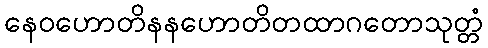
နေဝဟောတိနနဟောတိတထာဂတောသုတ္တံ